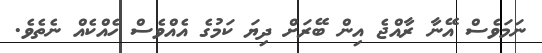
ނަމަވެސް އޭނާ ރާއްޖެ އިން ބޭރަށް ދިޔަ ކަމުގެ އެއްވެސް ހެއްކެއް ނެތެވެ.